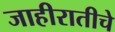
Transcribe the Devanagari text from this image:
जाहीरातीचे